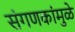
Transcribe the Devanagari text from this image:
संगणकांमुळे